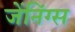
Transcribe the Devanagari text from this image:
जेंनिंग्स